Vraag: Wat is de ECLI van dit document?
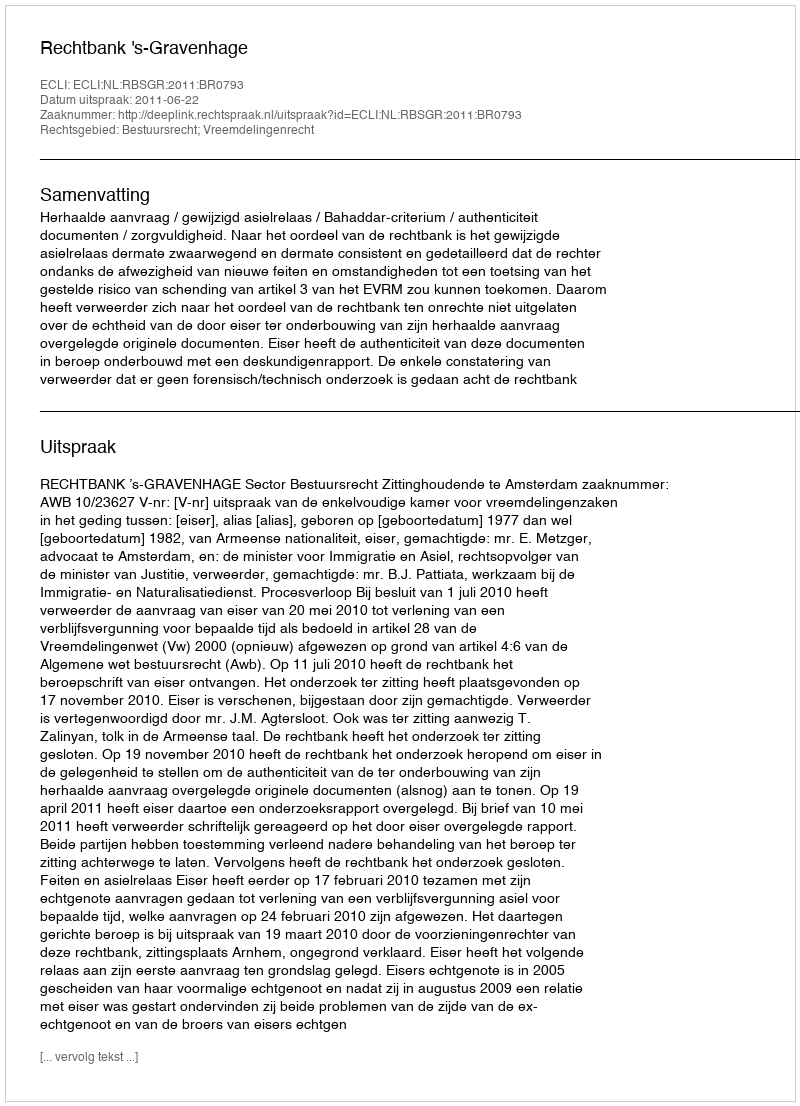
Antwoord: ECLI:NL:RBSGR:2011:BR0793